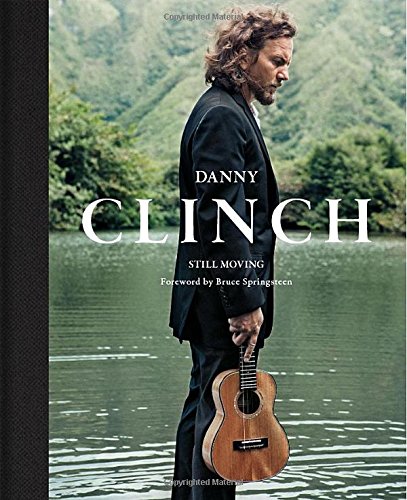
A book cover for Danny Clinch; Danny Clinch; Arts & Photography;